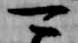
可